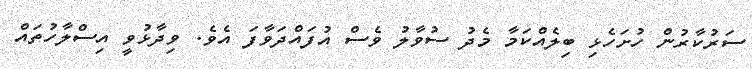
ސަރުކާރުން ހުށަހެޅި ބިލެއްކަމާ މެދު ސުވާލު ވެސް އުފައްދަވާފަ އެވެ. ވިދާޅުވީ އިސްލާހުތައް